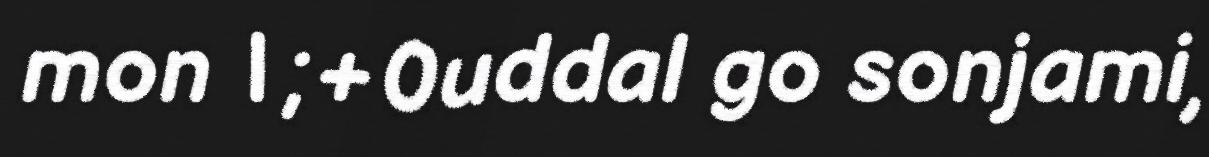
mon | ;+0uddal go sonjami,